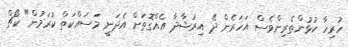
ހުރިހާ ކުޅުންތެރިންވެސް އަހަރެން ދޭ އިރުޝާދާ އެއްގޮތަށް އެދަނީ މަސައްކަތް ކުރަމުން" ކޯޗް